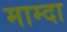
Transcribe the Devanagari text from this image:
माम्दा